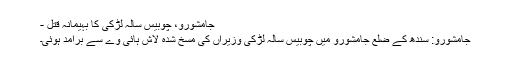
جامشورو، چوبیس سالہ لڑکی کا بہیمانہ قتل -
جامشورو: سندھ کے ضلع جامشورو میں چوبیس سالہ لڑکی وزیراں کی مسخ شدہ لاش ہائی وے سے برآمد ہوئی۔